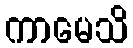
ကာမေသိ